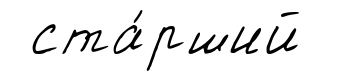
ста́рший